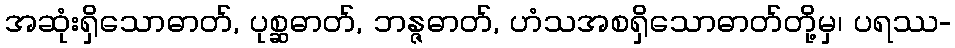
အဆုံးရှိသောဓာတ်, ပုစ္ဆဓာတ်, ဘန္ဇဓာတ်, ဟံသအစရှိသောဓာတ်တို့မှ၊ ပရဿ-